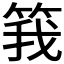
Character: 𬕆